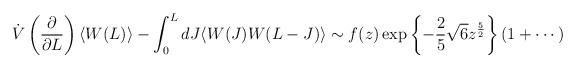
\begin{align*}\dot {V} \left(\frac{\partial}{\partial L } \right) \langle W (L) \rangle -\int_{0}^{L} dJ \langle W(J) W( L - J ) \rangle \sim f(z) \exp \left \{ -\frac{2}{5} \sqrt{6} z^{\frac{5}{2}} \right \} ( 1 + \cdots )\end{align*}